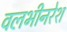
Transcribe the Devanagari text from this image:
वलभीनरेश